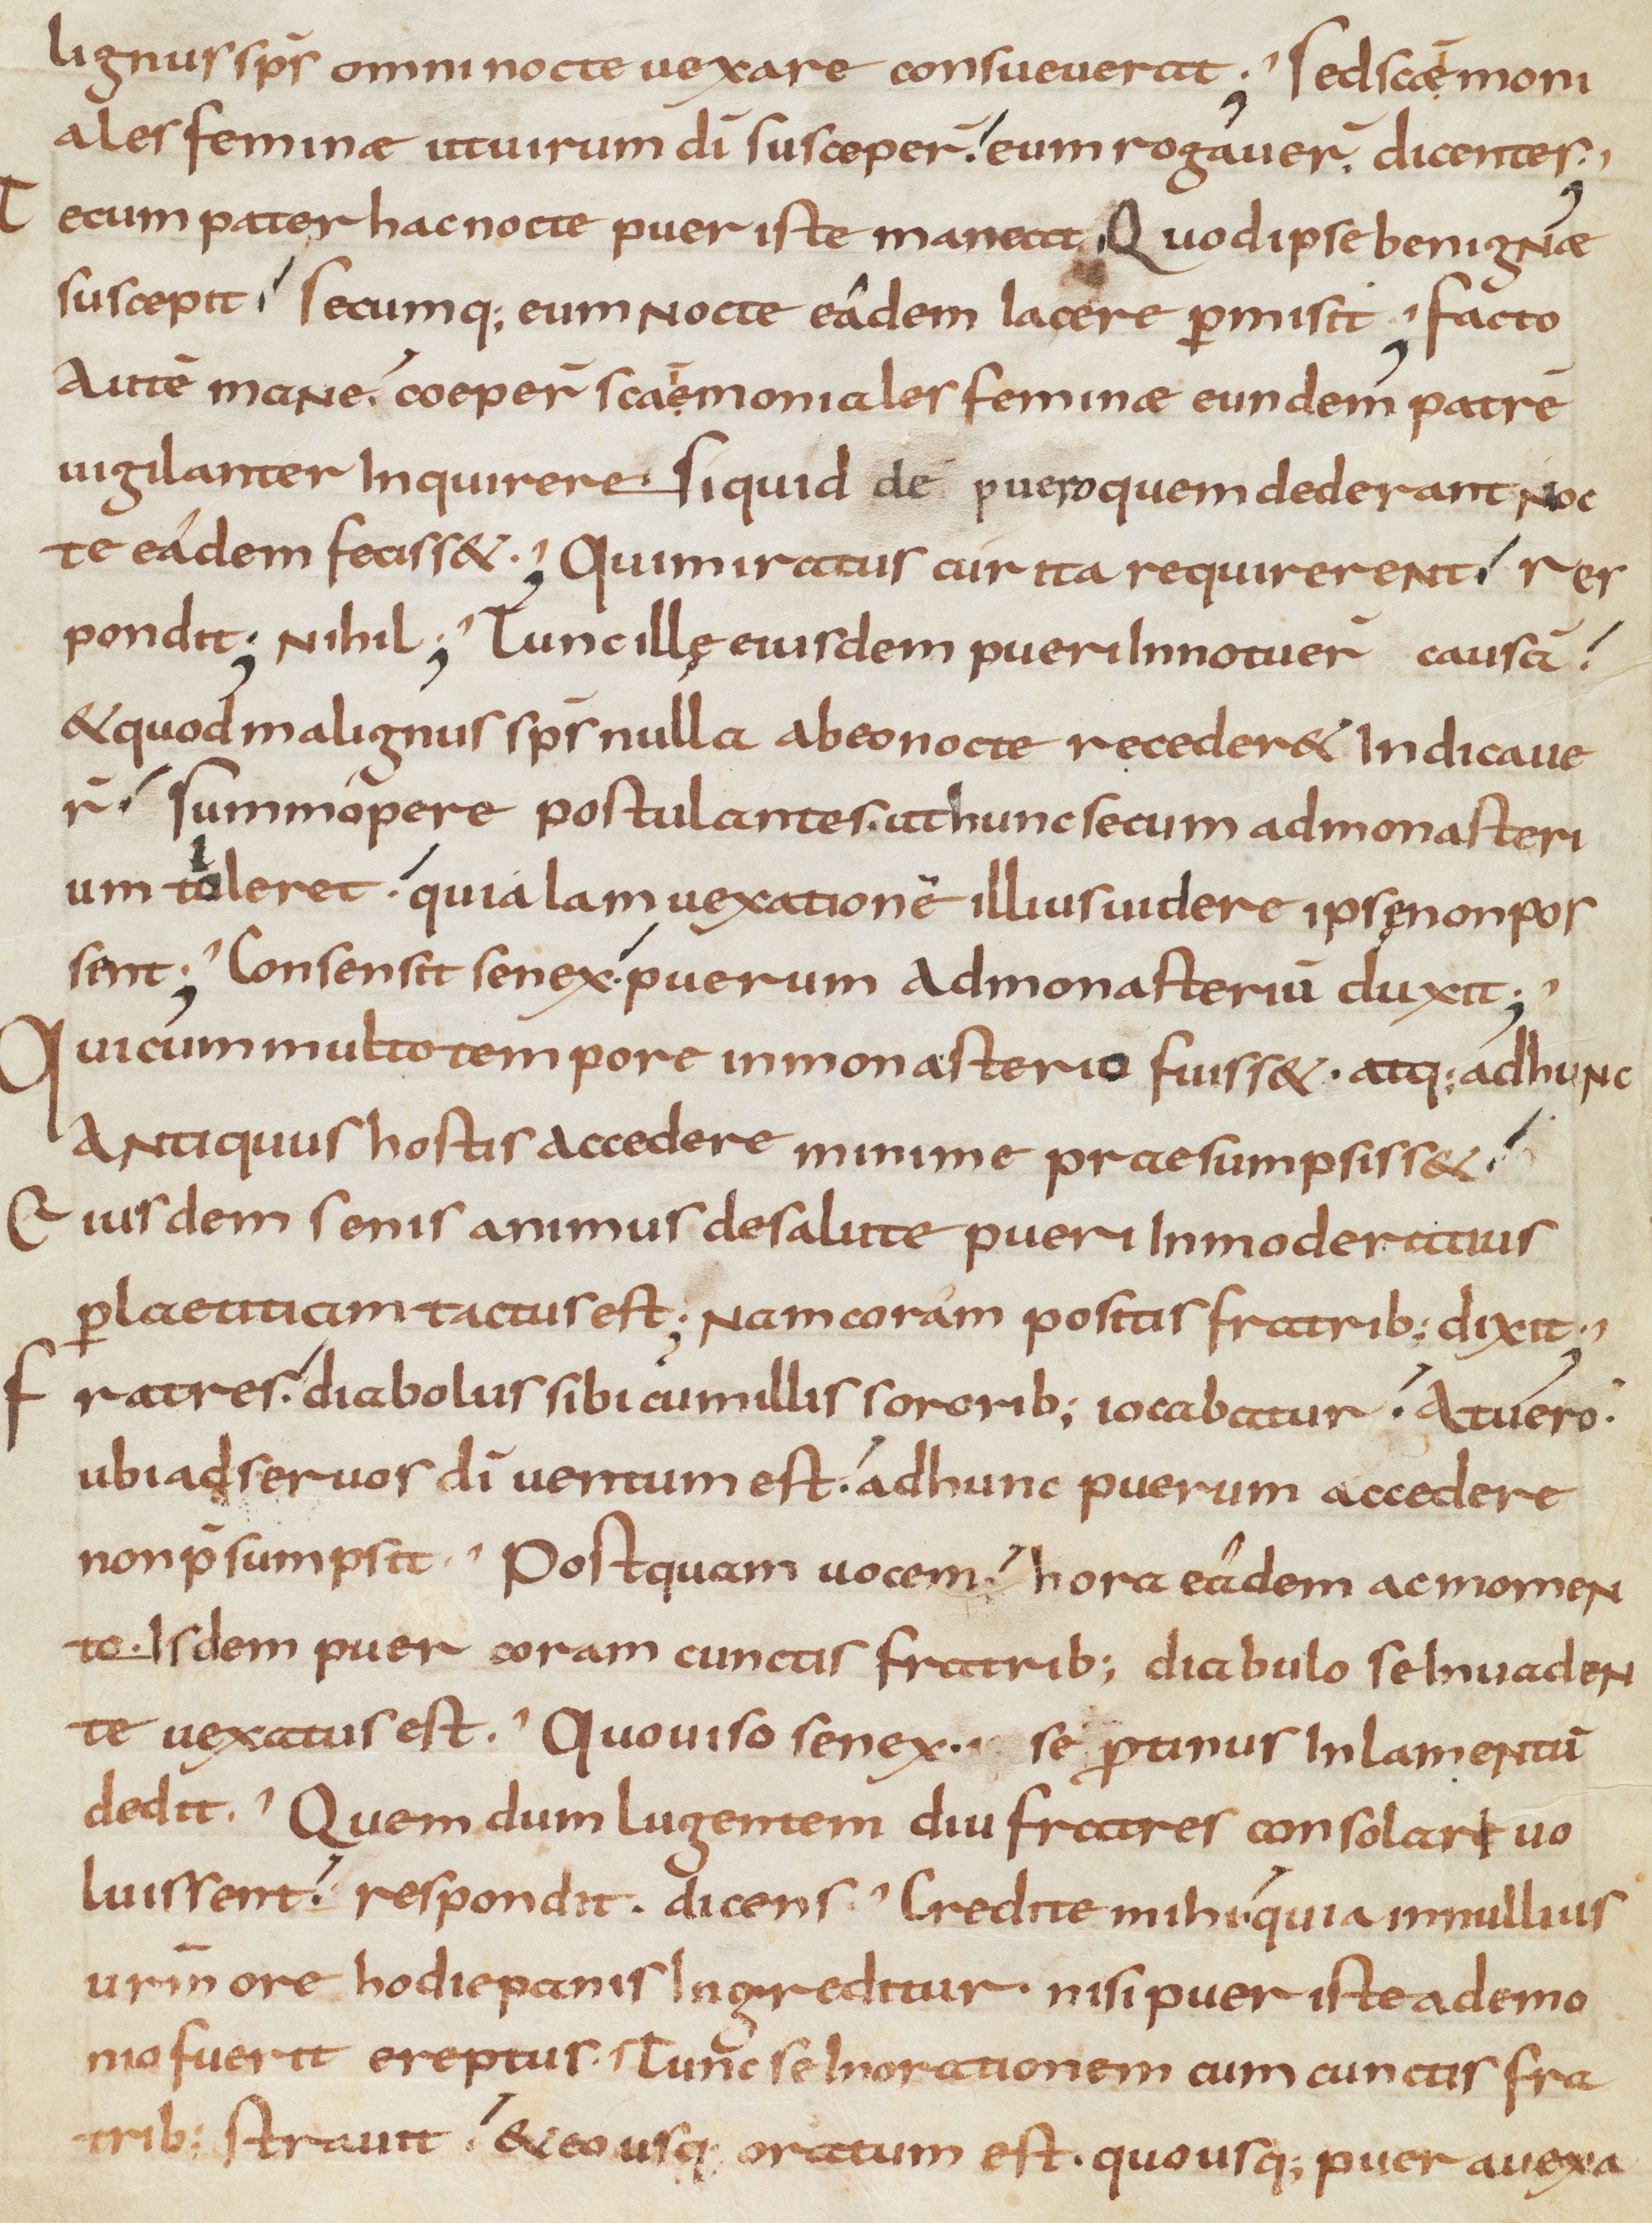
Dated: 900–999